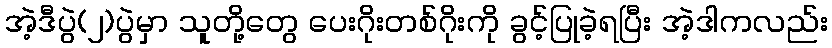
အဲ့ဒီပွဲ(၂)ပွဲမှာ သူတို့တွေ ပေးဂိုးတစ်ဂိုးကို ခွင့်ပြုခဲ့ရပြီး အဲ့ဒါကလည်း